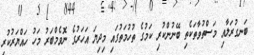
ބަނގުރަލާއި މަސްތުވާތަކެތި ބޭނުންކުރި ކަމުގެ ތުހުމަތުގައި މިދިޔަ އަހަރުގެ ނޮވެމްބަރު މަހު ހައްޔަރުކުރި